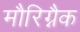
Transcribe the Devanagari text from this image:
मौरिग्नैक